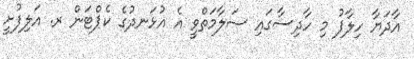
އާދަޔާ ހިލާފު މި ހާދިސާގައި ސަލާމަތްވީ އެ އުޅަނދުގެ ކެޕްޓަން ރ. އަލިފުށީ